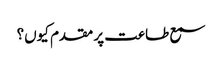
سمع طاعت پر مقدم کیوں؟